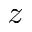
z